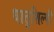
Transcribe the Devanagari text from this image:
धातुशिल्पी